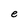
Character: e